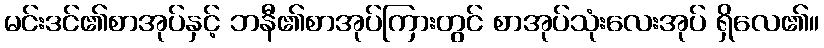
မင်းဒင်၏စာအုပ်နှင့် ဘနီ၏စာအုပ်ကြားတွင် စာအုပ်သုံးလေးအုပ် ရှိလေ၏။